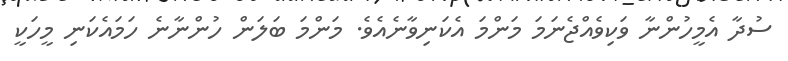
ސުދާ އެމީހުންނާ ވަކިވެއްޖެނަމަ މަންމަ އެކަނިވާނެއެވެ. މަންމަ ބަލަން ހުންނާނެ ހަމައެކަނި މީހަކީ